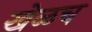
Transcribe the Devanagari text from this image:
खेळच